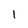
Character: 1